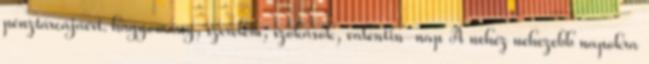
pénztárcájáért. hagyomány, szerelem, szokások, valentin-nap A nehéz nehezebb napokra